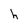
Character: h